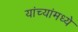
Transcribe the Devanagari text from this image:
यांच्यांमध्ये